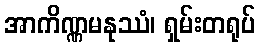
အာကိဏ္ဏမနုဿံ၊ ရှမ်းတရုပ်